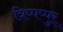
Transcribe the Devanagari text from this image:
त्रिप्पप्पुर्